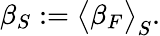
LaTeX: \beta_{S}\mathrel{\mathop:}=\big<\beta_{F}\big>_{S}.